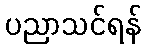
ပညာသင်ရန်